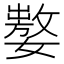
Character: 𰌚